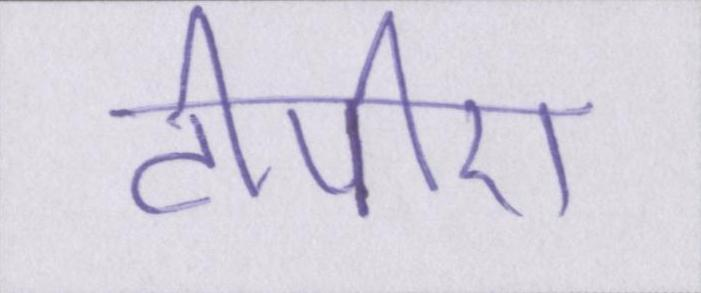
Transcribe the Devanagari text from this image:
टीपीए